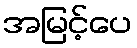
အမြင့်ပေ